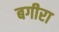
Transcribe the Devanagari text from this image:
बगीरा